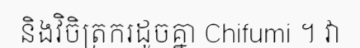
និងវិចិត្រករដូចគ្នា Chifumi ។ វា